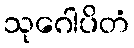
သုဂေါပိတံ